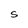
Character: S